画像に写った文字を読んでください
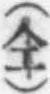
「(仝)」と書いてあります